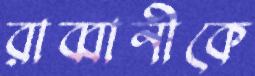
রাব্বানীকে